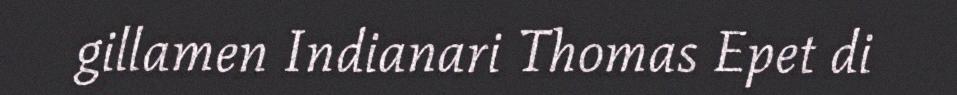
gillamen Indianari Thomas Epet di